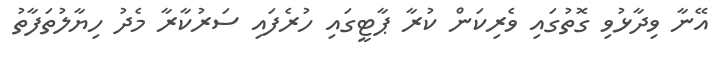
އޭނާ ވިދާޅުވި ގޮތުގައި ވެރިކަން ކުރާ ޕާޓީގައި ހުރެފައި ސަރުކާރާ މެދު ހިޔާލުތަފާތު